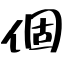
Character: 個